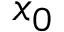
x _ { 0 }